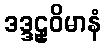
ဒဒ္ဒဠှဝိမာနံ